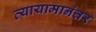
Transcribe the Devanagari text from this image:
व्यायामानंतर